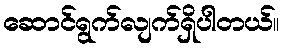
ဆောင်ရွက်လျက်ရှိပါတယ်။